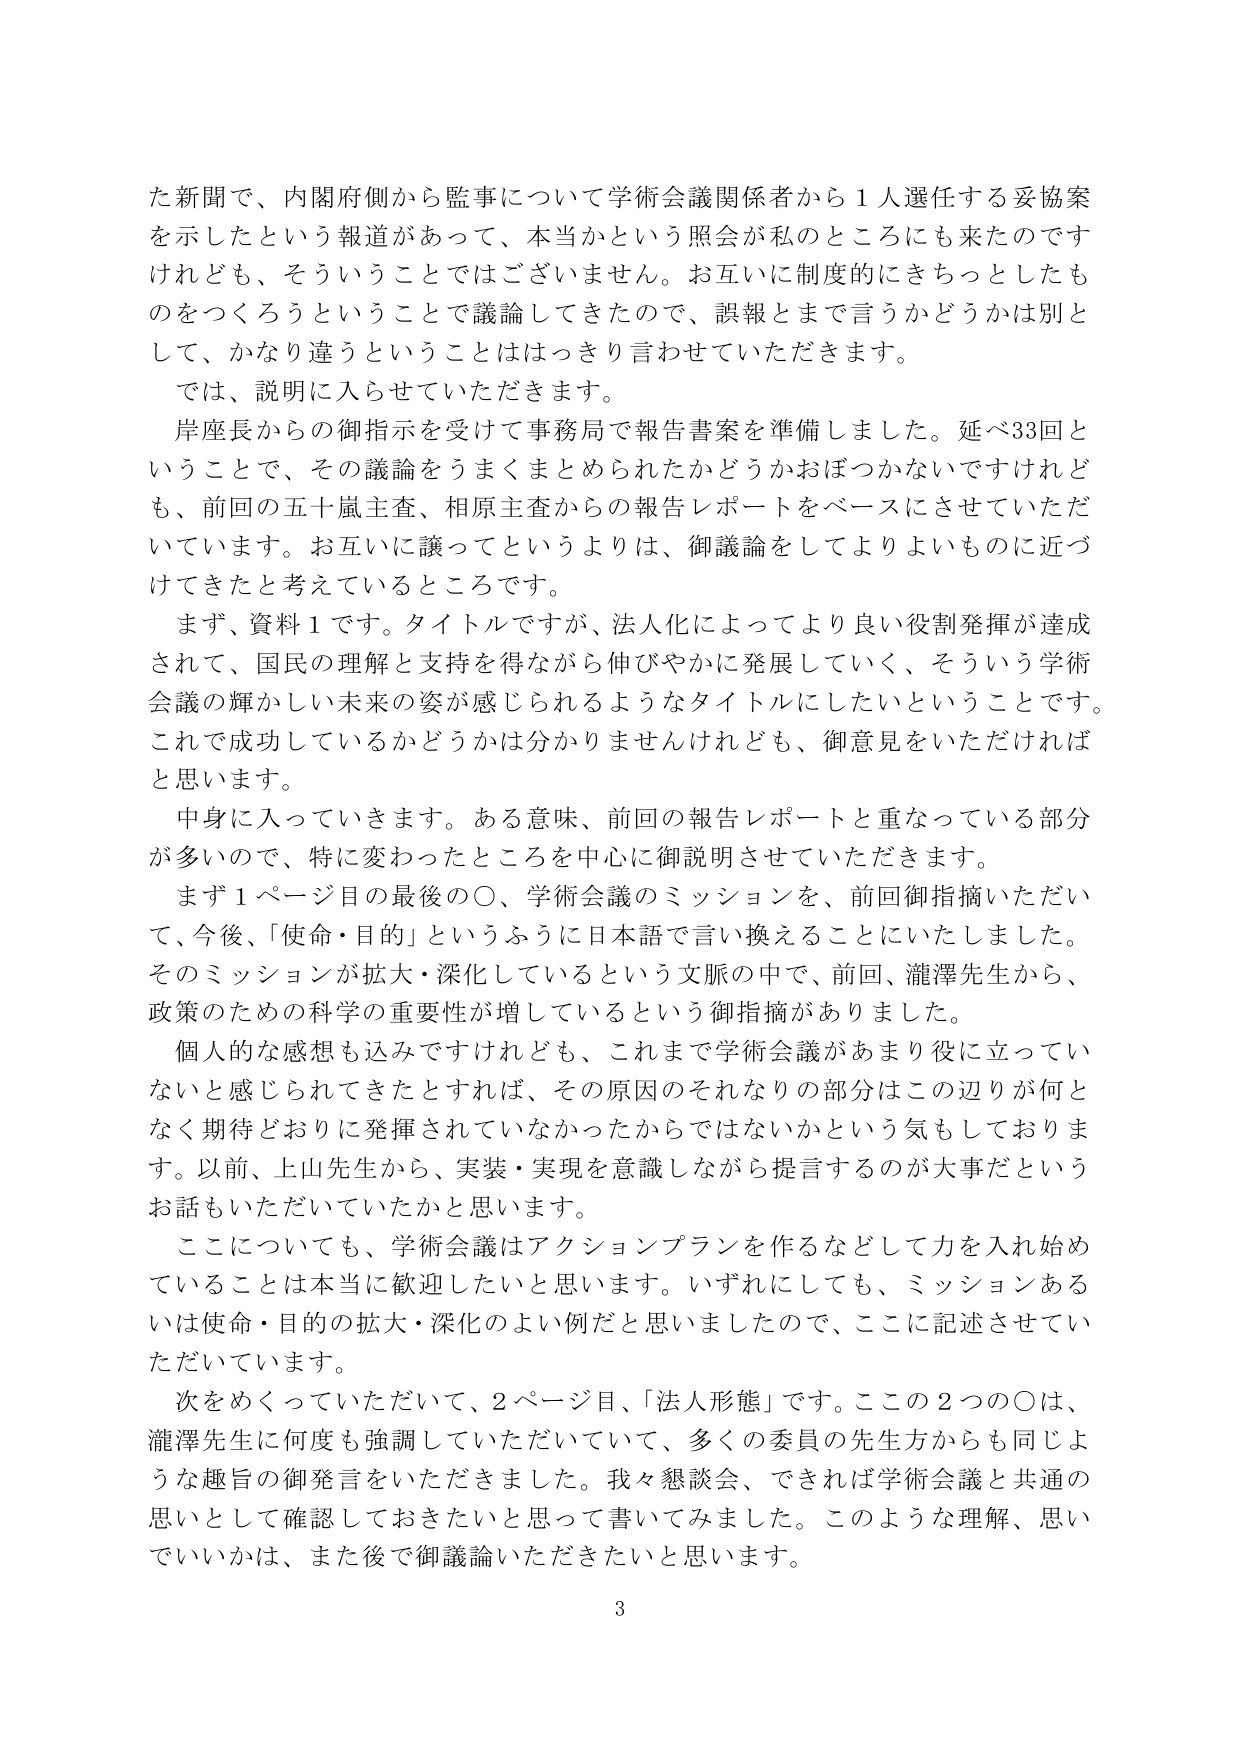
た新聞で、内閣府側から監事について学術会議関係者から１人選任する妥協案を示したという報道があって、本当かという照会が私のところにも来たのですけれども、そういうことではございません。お互いに制度的にきちっとしたものをつくろうということで議論してきたので、誤報とまで言うかどうかは別として、かなり違うということははっきり言わせていただきます。

では、説明に入らせていただきます。

岸座長からの御指示を受けて事務局で報告書案を準備しました。延べ33回ということで、その議論をうまくまとめられたかどうかおぼつかないですけれども、前回の五十嵐主査、相原主査からの報告レポートをベースにさせていただいています。お互いに譲ってというよりは、御議論をしてよりよいものに近づけてきたと考えているところです。

まず、資料１です。タイトルですが、法人化によってより良い役割発揮が達成されて、国民の理解と支持を得ながら伸びやかに発展していく、そういう学術会議の輝かしい未来の姿が感じられるようなタイトルにしたいということです。これで成功しているかどうかは分かりませんけれども、御意見をいただければと思います。

中身に入っていきます。ある意味、前回の報告レポートと重なっている部分が多いので、特に変わったところを中心に御説明させていただきます。

まず１ページ目の最後の〇、学術会議のミッションを、前回御指摘いただいて、今後、「使命・目的」というふうに日本語で言い換えることにいたしました。そのミッションが拡大・深化しているという文脈の中で、前回、瀧澤先生から、政策のための科学の重要性が増しているという御指摘がありました。

個人的な感想も込みですけれども、これまで学術会議があまり役に立っていないと感じられてきたとすれば、その原因のそれなりの部分はこの辺りが何となく期待どおりに発揮されていなかったからではないかという気もしております。以前、上山先生から、実装・実現を意識しながら提言するのが大事だというお話もいただいていたかと思います。

ここについても、学術会議はアクションプランを作るなどして力を入れ始めていることは本当に歓迎したいと思います。いずれにしても、ミッションあるいは使命・目的の拡大・深化のよい例だと思いましたので、ここに記述させていただいています。

次をめくっていただいて、２ページ目、「法人形態」です。ここの２つの〇は、瀧澤先生に何度も強調していただいていて、多くの委員の先生方からも同じような趣旨の御発言をいただきました。我々懇談会、できれば学術会議と共通の思いとして確認しておきたいと思って書いてみました。このような理解、思いでいいかは、また後で御議論いただきたいと思います。

3